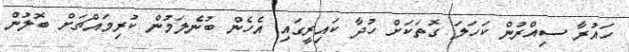
ހައުރާ ސިއްރުން ކަހަލަ ގޮތަކަށް ހުދާ ކައިރީގައި އެހެން ބުނެލަމުން ކުރިމައްޗަށް ބޮލުން